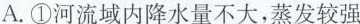
A.①河流域内降水量不大，蒸发较强